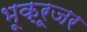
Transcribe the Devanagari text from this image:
भूक्रूजर